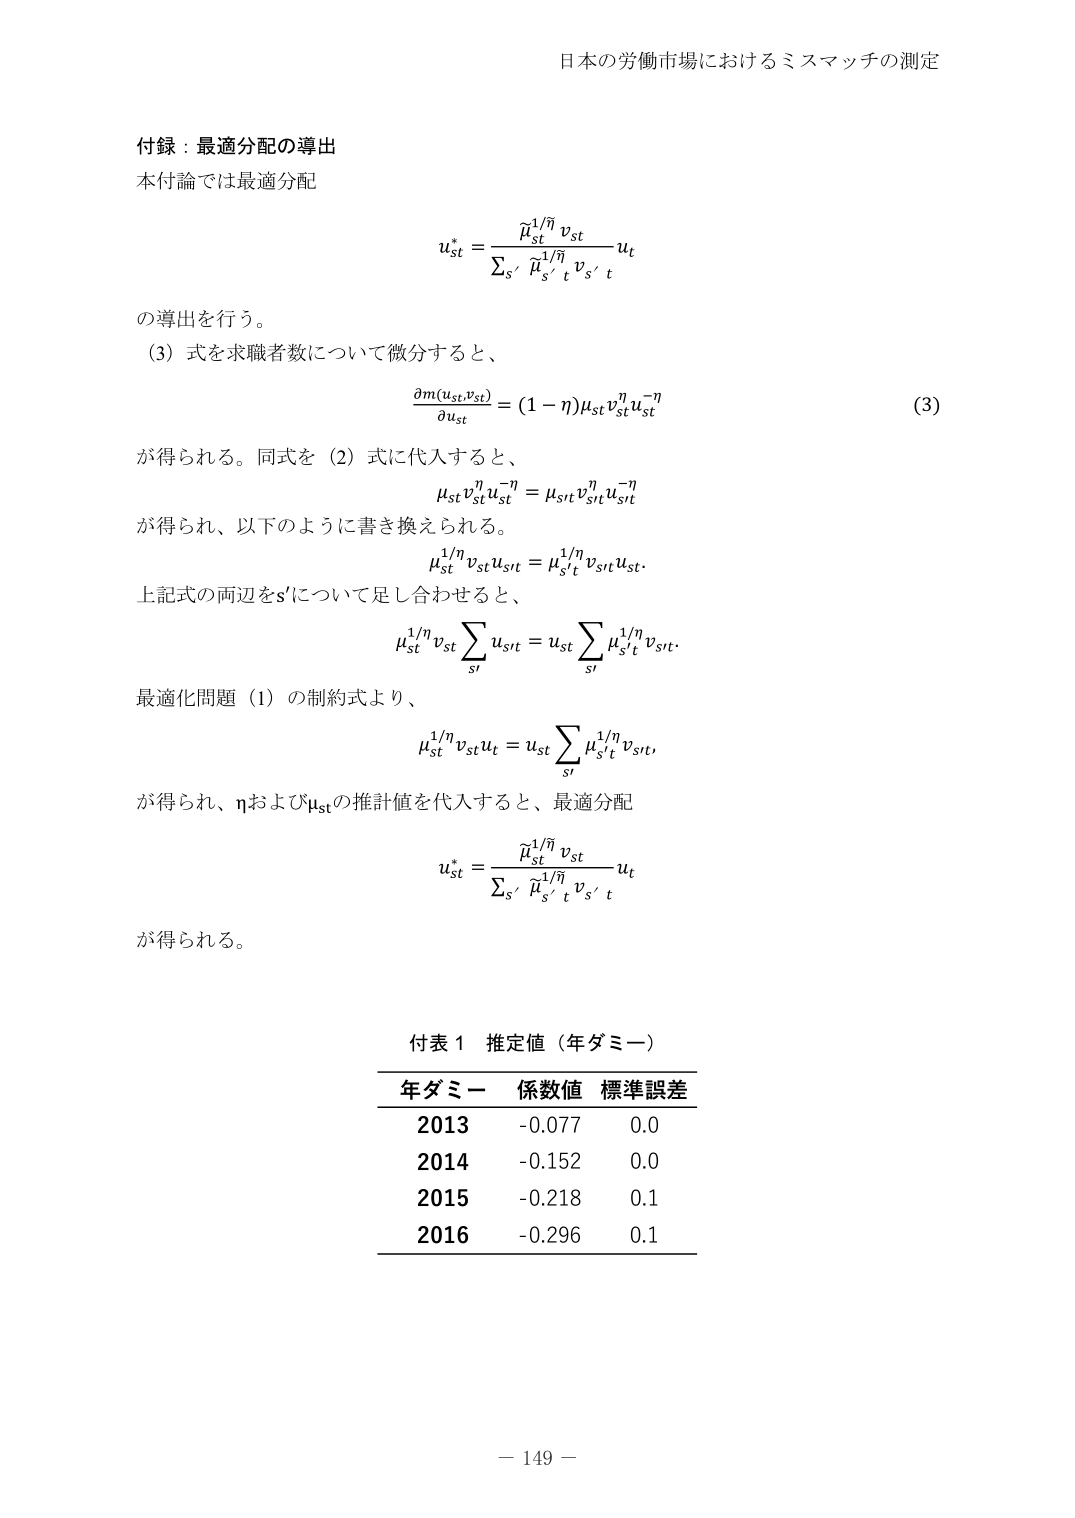
日本の労働市場におけるミスマッチの測定

付録：最適分配の導出
本付論では最適分配
u_{st}^* = \frac{\widehat{\mu}_{st}^{1/\overline{\eta}} v_{st}}{\sum_{s'} \widehat{\mu}_{s't}^{1/\overline{\eta}} v_{s't}} u_t
の導出を行う。
（3）式を求職者数について微分すると、
\frac{\partial m(u_{st}, v_{st})}{\partial u_{st}} = (1 - \eta) \mu_{st} v_{st}^\eta u_{st}^{-\eta} \quad (3)
が得られる。同式を（2）式に代入すると、
\mu_{st} v_{st}^\eta u_{st}^{-\eta} = \mu_{st} v_{st}^\eta u_{st}^{-\eta}
が得られ、以下のように書き換えられる。
\mu_{st}^{1/\eta} v_{st} u_{st} = \mu_{st}^{1/\eta} v_{st} u_{st}.
上記式の両辺をs'について足し合わせると、
\mu_{st}^{1/\eta} v_{st} \sum_{s'} u_{s't} = u_{st} \sum_{s'} \mu_{s't}^{1/\eta} v_{s't}.
最適化問題（1）の制約式より、
\mu_{st}^{1/\eta} v_{st} u_t = u_{st} \sum_{s'} \mu_{s't}^{1/\eta} v_{s't},
が得られ、\etaおよび\mu_{st}の推定値を代入すると、最適分配
u_{st}^* = \frac{\widehat{\mu}_{st}^{1/\overline{\eta}} v_{st}}{\sum_{s'} \widehat{\mu}_{s't}^{1/\overline{\eta}} v_{s't}} u_t
が得られる。

付表1 推定値（年ダミー）
年ダミー　係数値　標準誤差
2013　-0.077　0.0
2014　-0.152　0.0
2015　-0.218　0.1
2016　-0.296　0.1

－149－